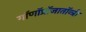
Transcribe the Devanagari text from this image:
गॉणॉप्रॉजातॉन्त्री